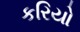
કરિયો